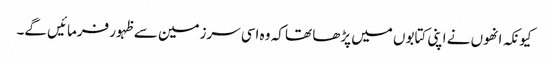
کیونکہ انھوں نے اپنی کتابوں میں پڑھا تھا کہ وہ اسی سرزمین سے ظہور فرمائیں گے۔